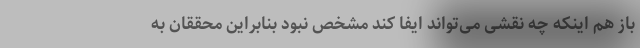
باز هم اینکه چه نقشی می‌تواند ایفا کند مشخص نبود بنابراین محققان به